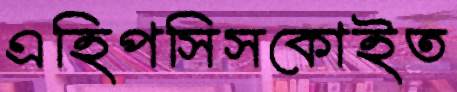
এহিপসিসকোইত